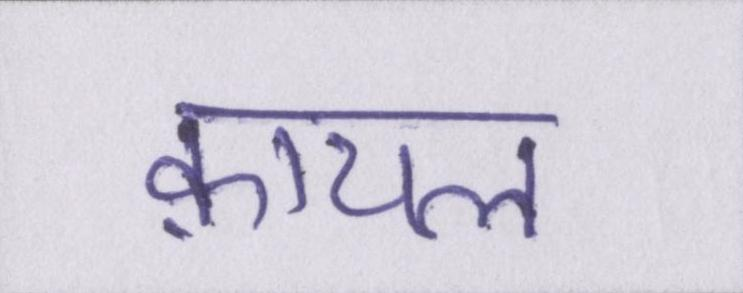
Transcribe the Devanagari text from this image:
क़ायल